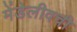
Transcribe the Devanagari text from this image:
मेंडेलीवची